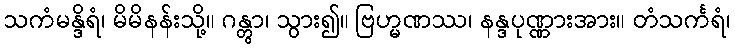
သကံမန္ဒိရံ၊ မိမိနန်းသို့။ ဂန္တွာ၊ သွား၍။ ဗြဟ္မဏဿ၊ နန္ဒပုဏ္ဏားအား။ တံသင်္ကရံ၊